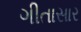
ગીતાસાર